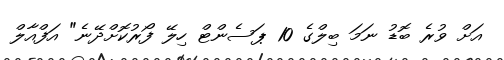
އަށް ވުރެ ބޮޑު ނަމަ ބިލްގެ 10 ޕަސެންޓް ހިލޭ ފޯރުކޮށްދޭނެ" އަފްއާލް